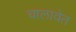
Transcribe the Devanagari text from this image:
चालावेत